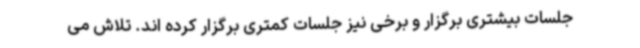
جلسات بیشتری برگزار و برخی نیز جلسات کمتری برگزار کرده اند. تلاش می